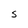
Character: S